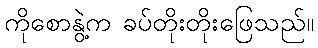
ကိုစောနွဲ့က ခပ်တိုးတိုးဖြေသည်။